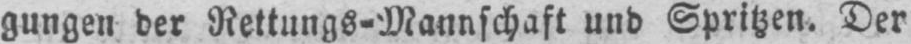
gungen der Rettungs⸗Mannschaft und Spritzen. Der